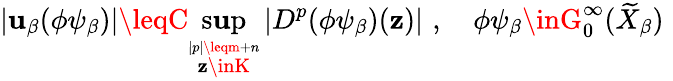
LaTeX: \left|\mathbf{u}_{\beta}(\phi\psi_{\beta})\right|\leqC\operatorname*{s\mathbf{u}p}_{\stackrel{{|p|\leqm+n}}{\mathbf{z}\inK}}\left|D^{p}(\phi\psi_{\beta})(\mathbf{z})\right|\, \, ,\quad\phi\psi_{\beta}\inG_{0}^{\infty}(\widetilde{{X}}_{\beta})\, \,